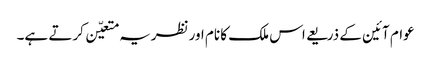
عوام آئین کے ذریعے اس ملک کا نام اورنظریہ متعیّن کرتے ہے۔